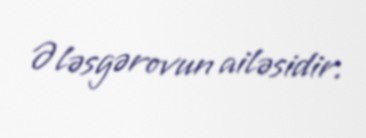
Ələsgərovun ailəsidir.